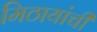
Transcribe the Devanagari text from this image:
मिठायांची